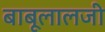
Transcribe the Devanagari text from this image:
बाबूलालजी